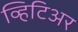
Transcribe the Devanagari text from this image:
व्हिटिअर